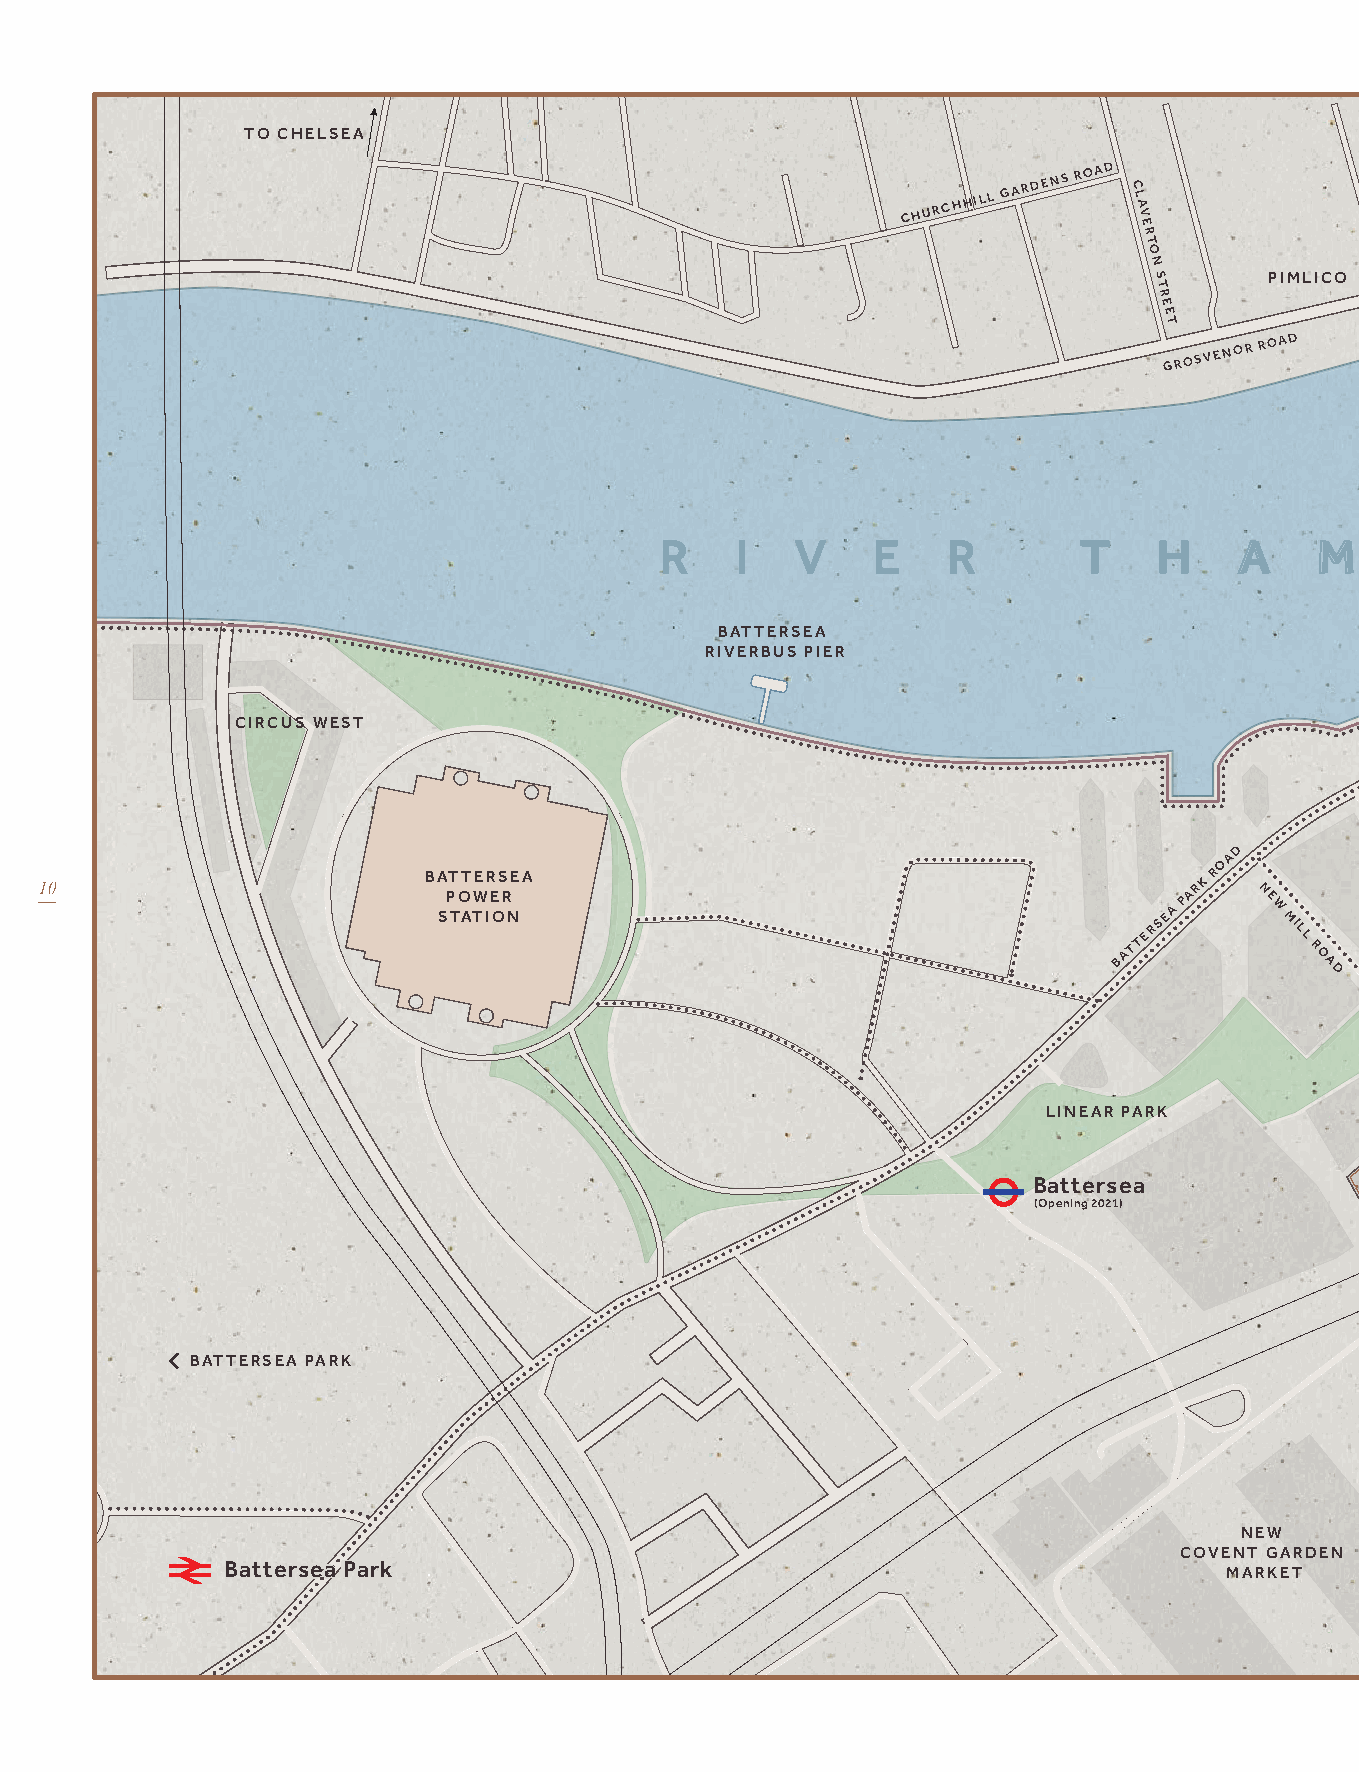
S
 TO CHELSEA                                                                    T                                           ST GEORGE
 G                                           WHARF PIER
 E
 CHURCHHILL
 GARDENS
 ROAD
 C
 L A
 V
 E
 O
 R G
 E
 S
 Q
 R                   U                                                                     VVaauuxxhhaallll
 T                   A
 O                    R
 N                   E
 S T     PIMLICO
 R
 E
 E
 T
 GROSVENOR
 ROAD                                                                            VVaauuxxhhaallll
 PROPOSED
 PEDESTRIAN
 & CYCLE
 BRIDGE
 PARRY
 STREET
 R    I   V    E    R        T    H    A    M     E    S
 BATTERSEA
 RIVERBUS PIER
 CIRCUS WEST
 NIN E E L M S L A N E
 MILESSTREET
 P           US
 O
 N         EMBASSY
 WAITROSE T
 O
 N       N
 E       R
 W       O
 U      A            LINEAR PARK
 OAD         NI
 O
 D
 10                       BA PT OT WER ES REA                               PARK
 R
 N
 E
 N
 S
 Q
 U
 STATION                                       TERSEA   W MI L
 L
 A R E                                               WYVIL ROAD
 BAT         R
 O A                                           SAINSBURYS
 D                            ARCHWAY TO
 NINEELMS
 STATION
 OPENING2021           D
 A
 THE RESIDENCE                      O
 R
 LINEAR PARK                           P O N T O N
 R O A D
 N (N Opii enn ninee
 g
 2EE 02ll 1mm
 )
 ss
 DSWORTH
 N
 A
 W                       S
 O
 U
 Battersea                                                                                    T
 H
 (Opening 2021)
 L
 A
 M
 B
 WILCOXROAD          E
 T
 H
 D           R
 A           O
 O            A
 R             D
 N
 GTO       OSE
 BATTERSEA PARK                                                                                                                         HARTIN
 STER
 CL
 THORNCROFTROAD           KENCHE
 NEW
 COVENT GARDEN
 BBaatttteerrsseeaa PPaarrkk                                       MARKET                                                                     ProposedCycle Highways
 RiverWalkway
 Map not to scale.